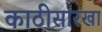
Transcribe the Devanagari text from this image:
काठीसारखा